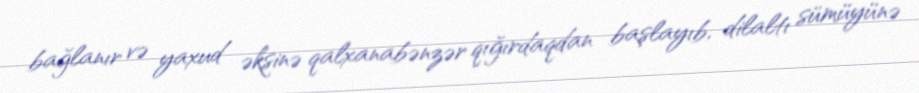
bağlanır və yaxud əksinə qalxanabənzər qığırdaqdan başlayıb, dilaltı sümüyünə